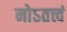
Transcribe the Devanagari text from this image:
नोऽतत्त्वं